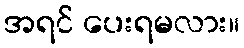
အရင် ပေးရမလား။